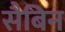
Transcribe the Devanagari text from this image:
सैबिन